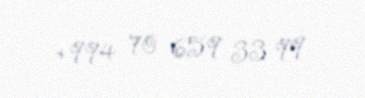
+994 70 659 33 99